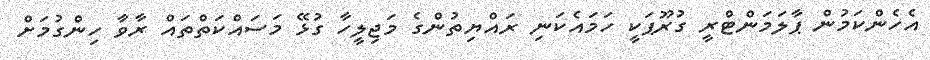
އެހެންކަމުން ޕާލަމަންޓްރީ ގުރޫޕަކީ ހަމައެކަނި ރައްޔިތުންގެ މަޖިލީހާ ގުޅޭ މަސައްކަތްތައް ރާވާ ހިންގުމަށް